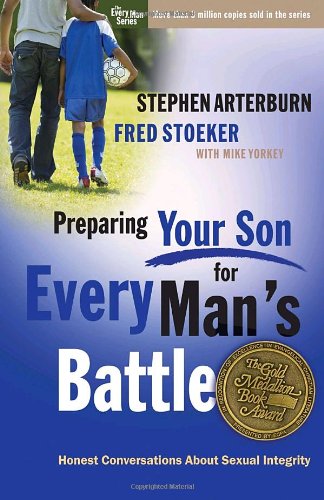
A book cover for Preparing Your Son for Every Man's Battle: Honest Conversations About Sexual Integrity (The Every Man Series); Stephen Arterburn; Parenting & Relationships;